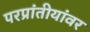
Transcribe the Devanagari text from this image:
परप्रांतीयांवर